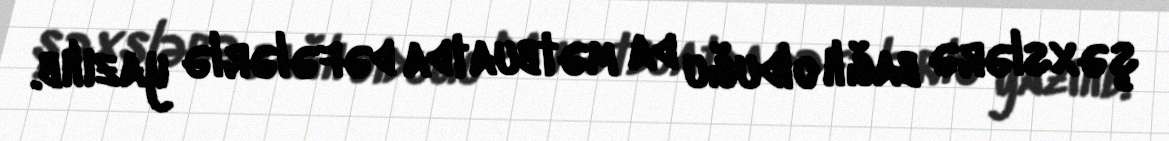
şəxslərə bağlı olduğu da mətbuatda dəfələrlə yazılıb.